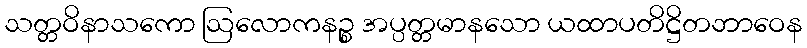
သတ္တဝိနာသကော ဩလောကနဉ္စ အပ္ပတ္တမာနသော ယထာပတိဋ္ဌိတဘာဝေန